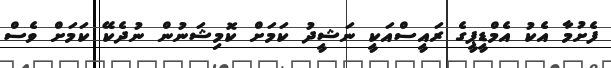
ފެށުމާ އެކު އެމްޑީޕީގެ ރައީސްއަކީ ނަޝީދު ކަމަށް ކޮމިޝަނުން ނުދެކޭ ކަމަށް ވެސް